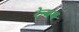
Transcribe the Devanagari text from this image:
रेन्मथ